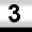
Digit: 3